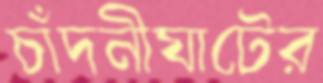
চাঁদনীঘাটের